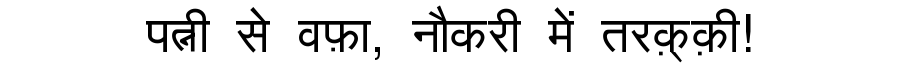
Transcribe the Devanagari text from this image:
पत्नी से वफ़ा, नौकरी में तरक़्क़ी!